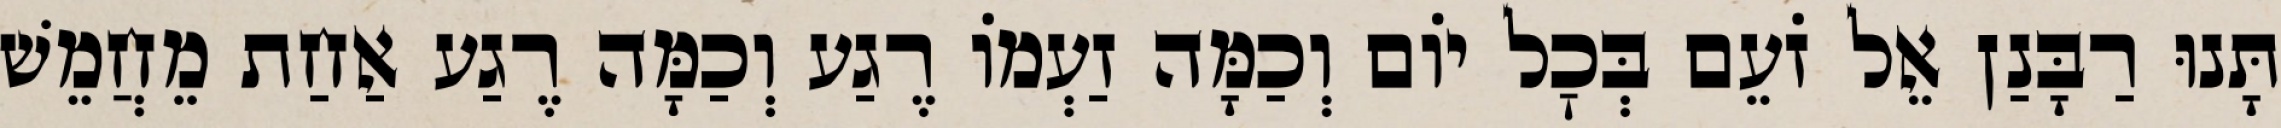
תָּנוּ רַבָּנַן אֵל זֹעֵם בְּכׇל יוֹם וְכַמָּה זַעְמוֹ רֶגַע וְכַמָּה רֶגַע אַחַת מֵחֲמֵשׁ